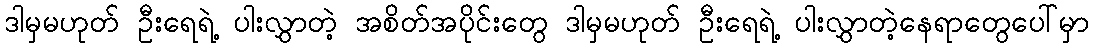
ဒါမှမဟုတ် ဦးရေရဲ့ ပါးလွှာတဲ့ အစိတ်အပိုင်းတွေ ဒါမှမဟုတ် ဦးရေရဲ့ ပါးလွှာတဲ့နေရာတွေပေါ်မှာ